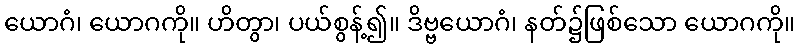
ယောဂံ၊ ယောဂကို။ ဟိတွာ၊ ပယ်စွန့်၍။ ဒိဗ္ဗယောဂံ၊ နတ်၌ဖြစ်သော ယောဂကို။